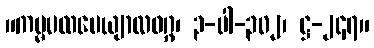
။ကမ္မပထပေယျာလဝဂ္ဂ၊ ၃-ပါ-၃၀၂၊ ဋ္ဌ-၂၄၇။